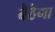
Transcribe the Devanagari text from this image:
बैठैगा